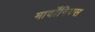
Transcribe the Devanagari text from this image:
मार्दोंनियस